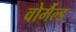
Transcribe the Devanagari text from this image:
वोर्मैल्ड